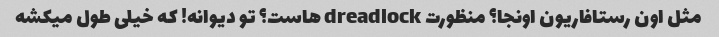
مثل اون رستافاریون اونجا؟ منظورت dreadlock هاست؟ تو دیوانه! که خیلی طول میکشه